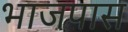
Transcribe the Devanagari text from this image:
भाजपास